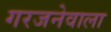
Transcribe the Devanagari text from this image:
गरजनेवाला